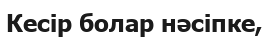
Кесір болар нәсіпке,